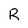
Character: R